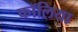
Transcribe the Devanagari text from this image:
फॉलिया